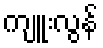
ကျူးလွန်